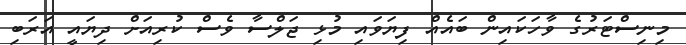
މިނިސްޓަރުގެ ވާހަކައިން ބައެއް ފިޔަވައި މުޅި ޖަލްސާ ވެސް ކުރިއަށް ދިޔައީ އަރަބި